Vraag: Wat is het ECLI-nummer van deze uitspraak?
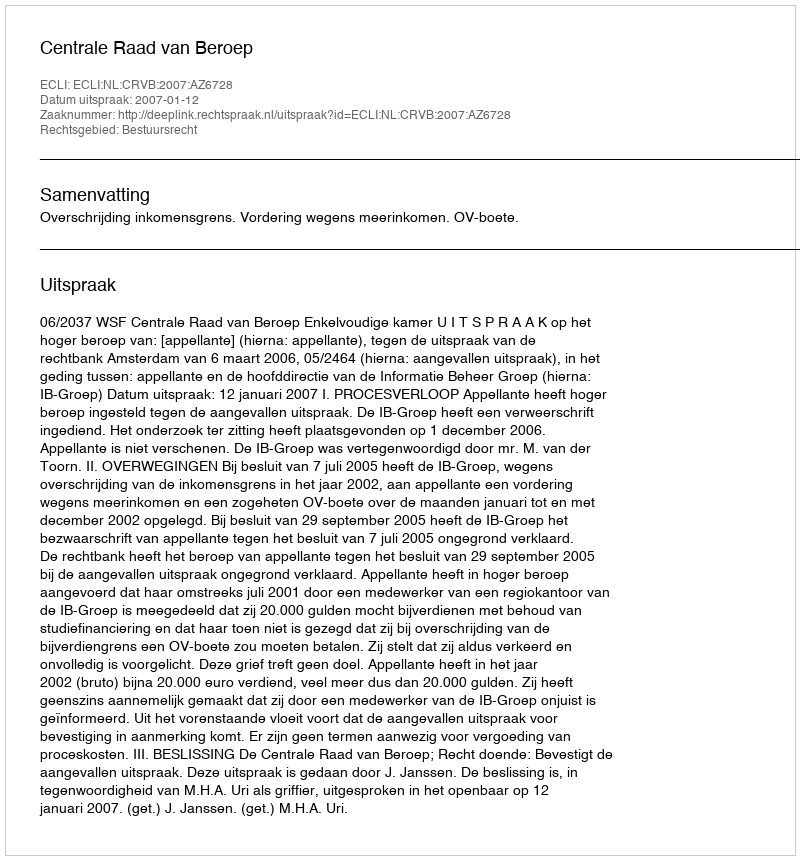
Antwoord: ECLI:NL:CRVB:2007:AZ6728